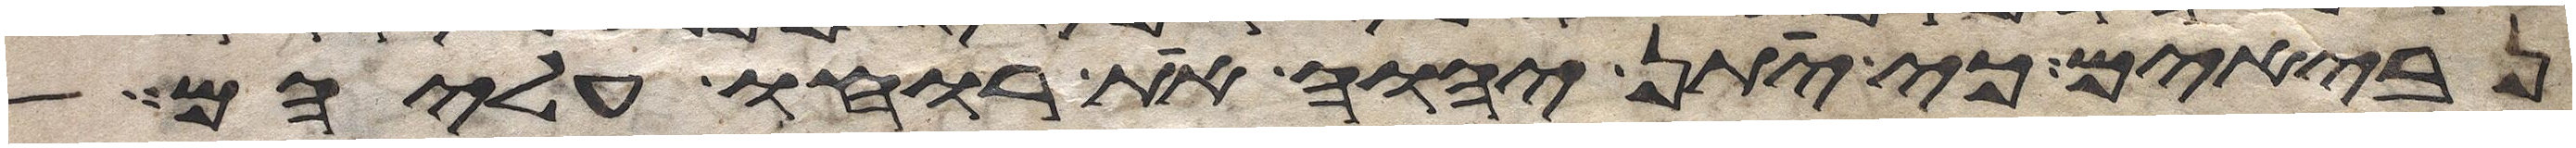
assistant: נביאים כי יתן יהוה את רוחו עליהם